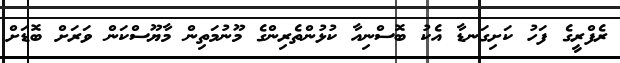
ރެފްރީގެ ފަހު ކަށިގަނޑާ އެކު ބޮސްނިއާ ކުޅުންތެރިންގެ މޫނުމަތިން މާޔޫސްކަން ވަރަށް ބޮޑަށް